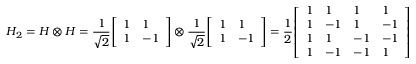
H _ { 2 } = H \otimes H = { \frac { 1 } { \sqrt { 2 } } } { \left[ \begin{array} { l l } { 1 } & { 1 } \\ { 1 } & { - 1 } \end{array} \right] } \otimes { \frac { 1 } { \sqrt { 2 } } } { \left[ \begin{array} { l l } { 1 } & { 1 } \\ { 1 } & { - 1 } \end{array} \right] } = { \frac { 1 } { 2 } } { \left[ \begin{array} { l l l l } { 1 } & { 1 } & { 1 } & { 1 } \\ { 1 } & { - 1 } & { 1 } & { - 1 } \\ { 1 } & { 1 } & { - 1 } & { - 1 } \\ { 1 } & { - 1 } & { - 1 } & { 1 } \end{array} \right] }